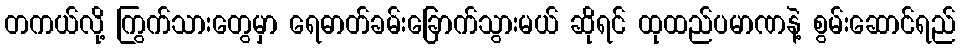
တကယ်လို့ ကြွက်သားတွေမှာ ရေဓာတ်ခမ်းခြောက်သွားမယ် ဆိုရင် ထုထည်ပမာဏနဲ့ စွမ်းဆောင်ရည်